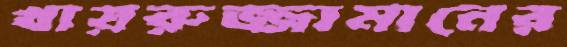
খায়রুজ্জামানের